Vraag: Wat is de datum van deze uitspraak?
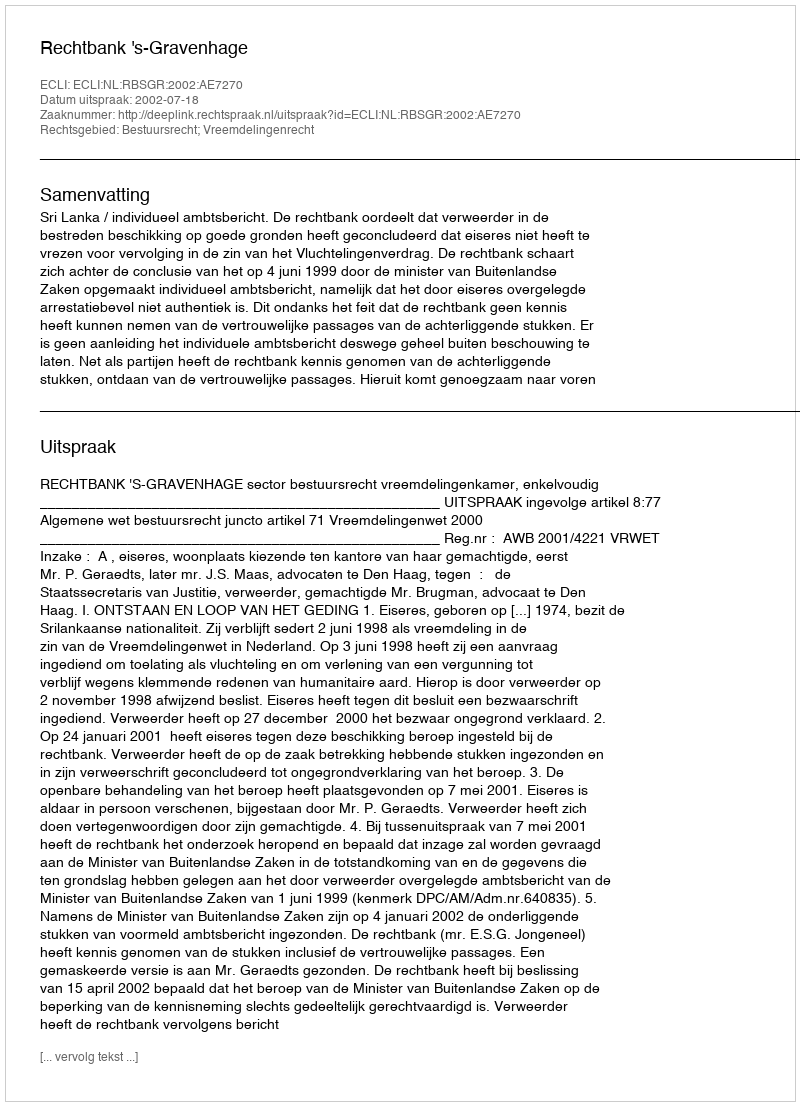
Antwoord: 2002-07-18